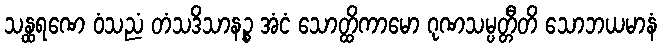
သန္ထရဏေ ဝံသညံ တံသဒိသာနဉ္စ အံငံ သောတ္ထိကာမော ဂုဏသမ္ပတ္တီတိ သောဘယမာနံ